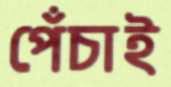
পেঁচাই